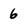
Character: 6